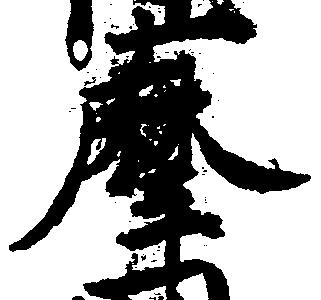
摩